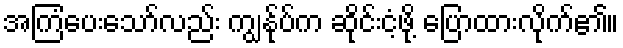
အကြံပေးသော်လည်း ကျွန်ုပ်က ဆိုင်းငံ့ဖို့ ပြောထားလိုက်၏။